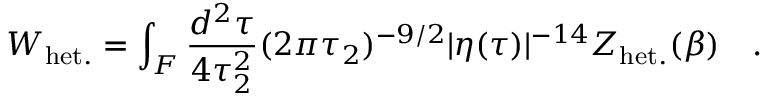
W _ { \mathrm { h e t . } } = \int _ { \cal F } { \frac { d ^ { 2 } \tau } { 4 \tau _ { 2 } ^ { 2 } } } ( 2 \pi \tau _ { 2 } ) ^ { - 9 / 2 } | \eta ( \tau ) | ^ { - 1 4 } Z _ { \mathrm { h e t . } } ( \beta ) \quad .